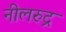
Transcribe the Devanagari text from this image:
नीलरुद्र